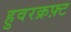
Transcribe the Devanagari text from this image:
हुवरक्रफ़्ट